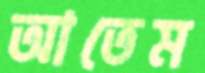
আতেম